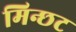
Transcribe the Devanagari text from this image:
मिन्छट